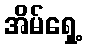
အိမ်ရှေ့